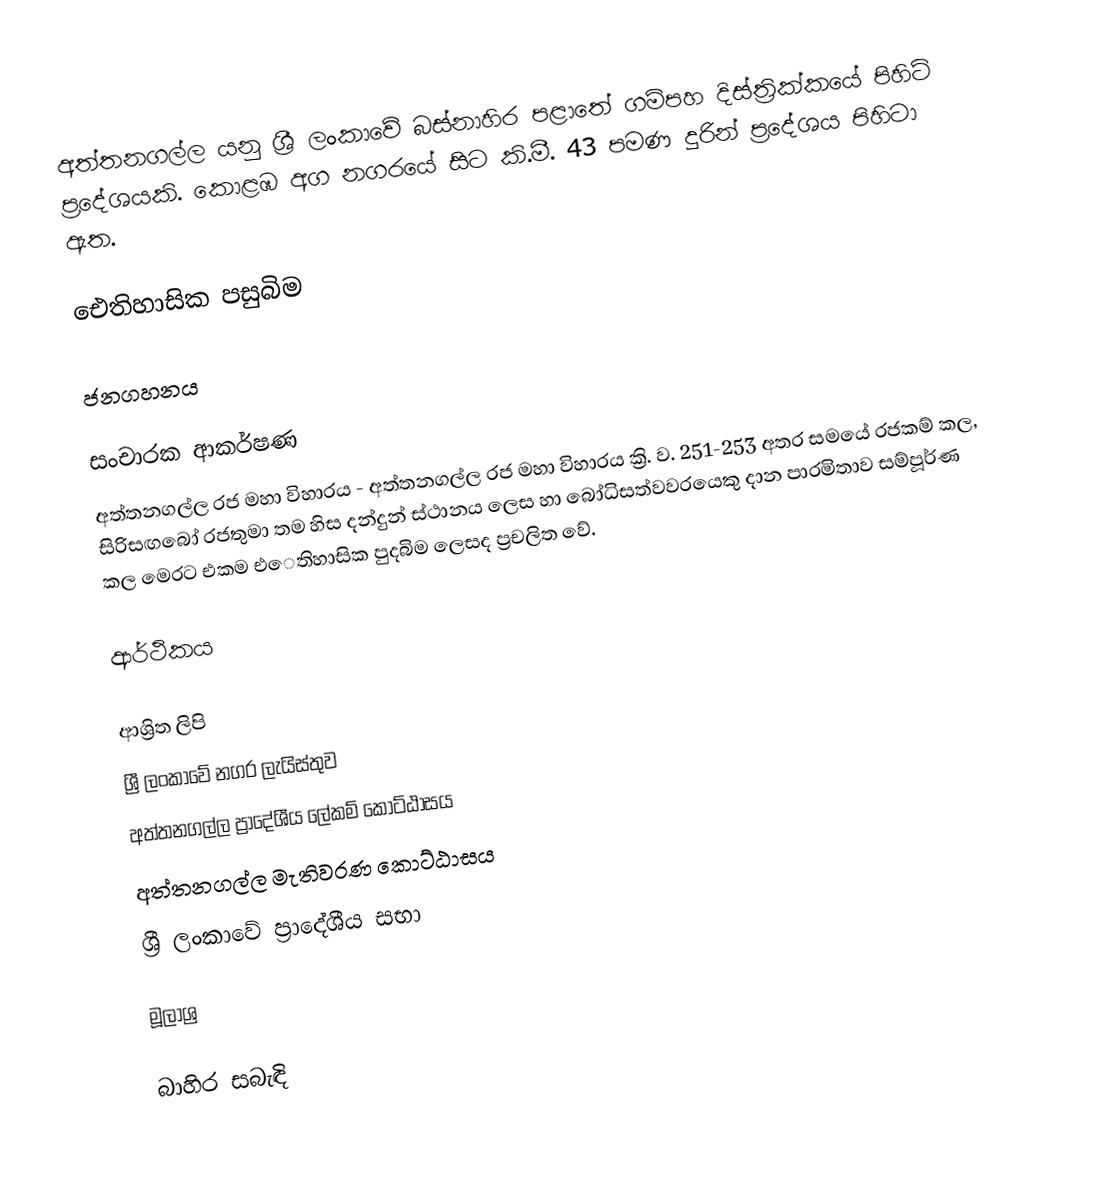
අත්තනගල්ල යනු ශ්‍රී ලංකාවේ බස්නාහිර පළාතේ ගම්පහ දිස්ත්‍රික්කයේ පිහිටි ප්‍රදේශයකි. කොළඹ අග නගරයේ සිට කි.මී. 43 පමණ දුරින් ප්‍රදේශය පිහිටා ඇත.

ඓතිහාසික පසුබිම

ජනගහනය

සංචාරක ආකර්ෂණ
 අත්තනගල්ල රජ මහා විහාරය - අත්තනගල්ල රජ මහා විහාරය ක්‍රි. ව. 251-253 අතර සමයේ රජකම් කල, සිරිසඟබෝ රජතුමා තම හිස දන්දුන් ස්ථානය ලෙස හා බෝධිසත්වවරයෙකු දාන පාරමිතාව සම්පූර්ණ කල මෙරට එකම එෙතිහාසික පුදබිම ලෙසද ප්‍රචලිත වේ.

ආර්ථිකය

ආශ්‍රිත ලිපි
 ශ්‍රී ලංකාවේ නගර ලැයිස්තුව
 අත්තනගල්ල ප්‍රාදේශීය ලේකම් කොට්ඨාසය
 අත්තනගල්ල මැතිවරණ කොට්ඨාසය
 ශ්‍රී ලංකාවේ ප්‍රාදේශීය සභා

මූලාශ්‍ර

බාහිර සබැඳි